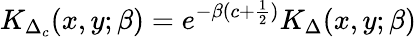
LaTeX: K_{\Delta_{c}}(x,y;\beta)=e^{-\beta(c+{\frac{1}{2}})}K_{\Delta}(x,y;\beta)